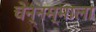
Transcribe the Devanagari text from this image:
चेन्नम्माला